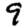
Digit: 9